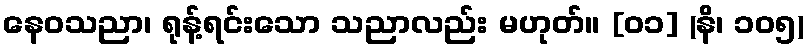
နေဝသညာ၊ ရုန့်ရင်းသော သညာလည်း မဟုတ်။ [၀၁] (နိ၊ ၁၀၅)